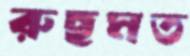
রুছমত